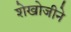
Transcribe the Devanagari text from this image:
शेखोजीने